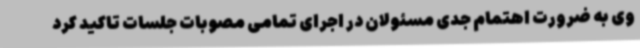
وی به ضرورت اهتمام جدی مسئولان در اجرای تمامی مصوبات جلسات تاکید کرد